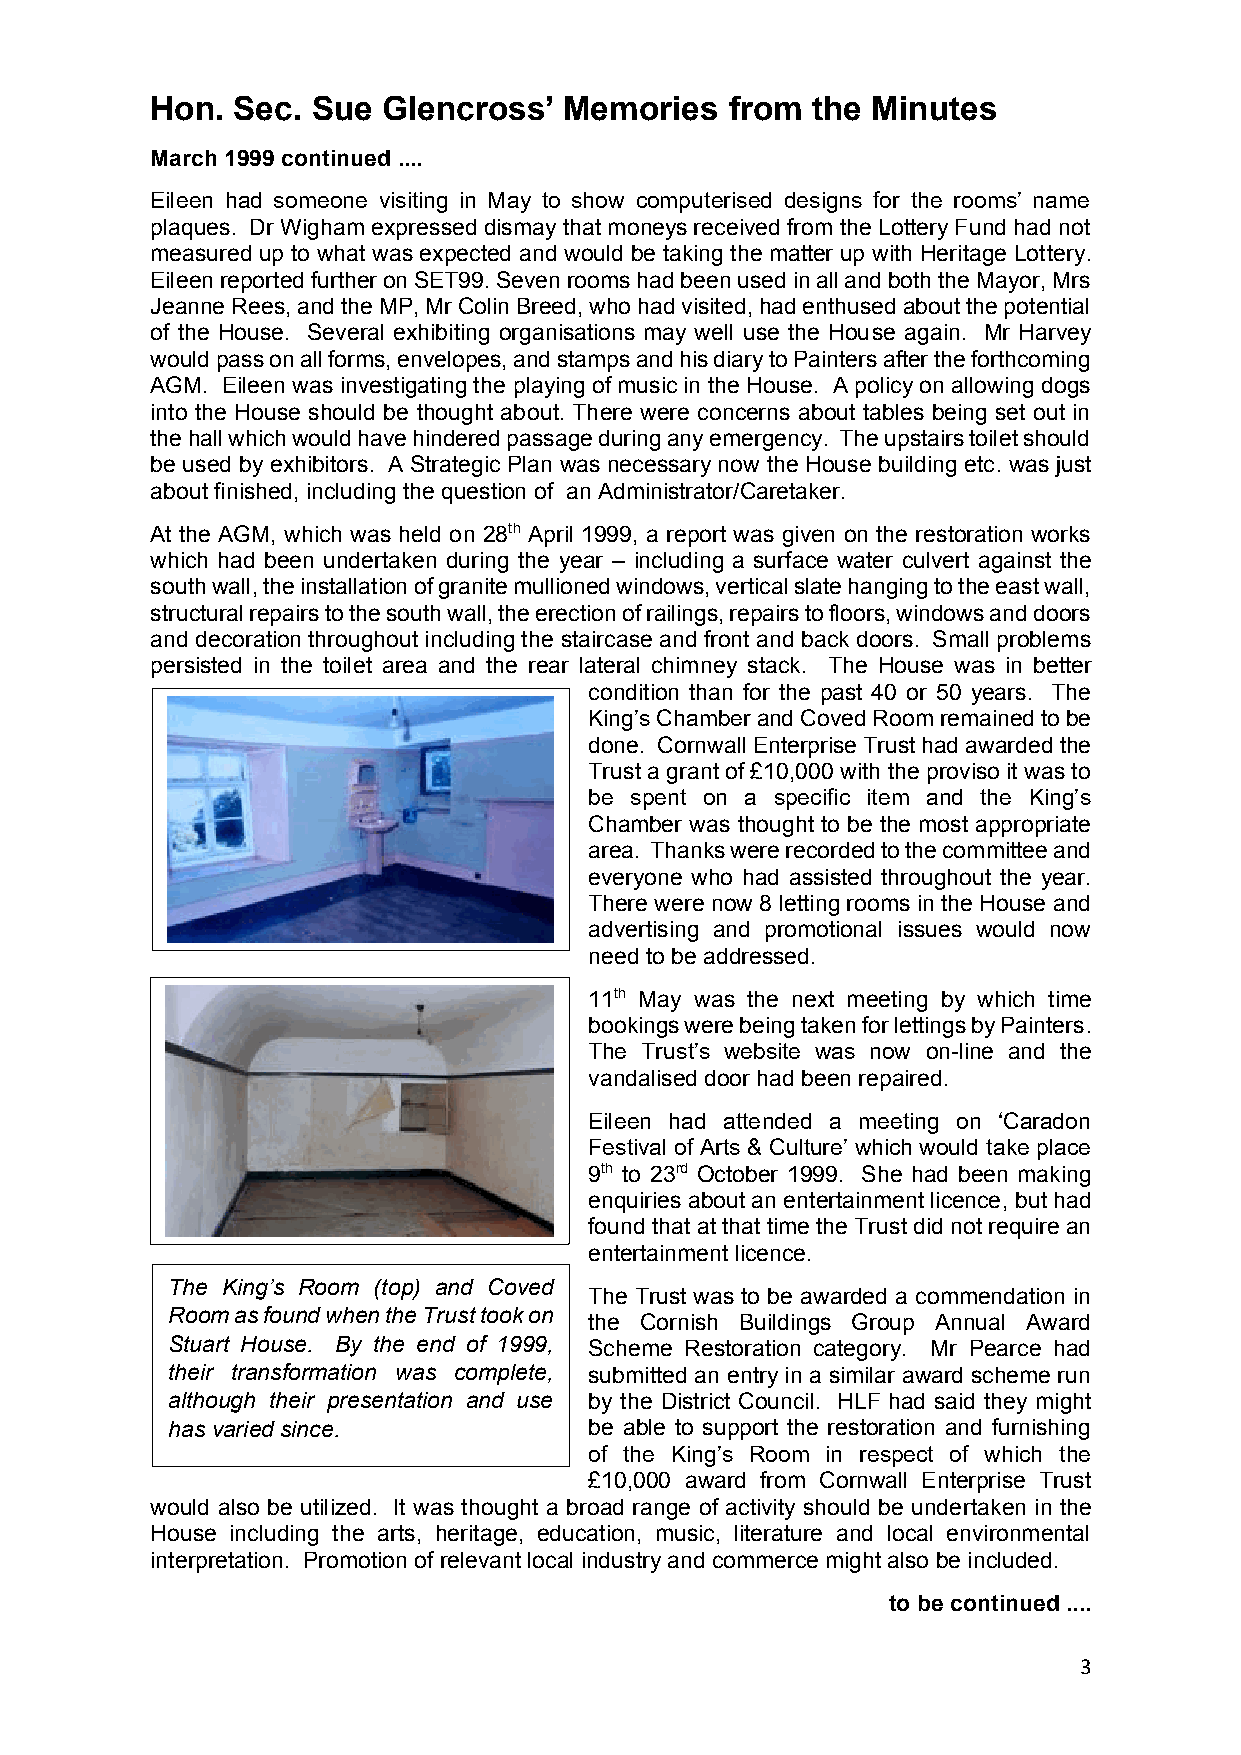
Hon. Sec.  Sue Glencross’  Memories   from  the Minutes
 March 1999 continued ....
 Eileen had someone visiting in May to show computerised designs for the rooms’ name
 plaques. Dr Wigham expressed dismay that moneys received from the Lottery Fund had not
 measured up to what was expected and would be taking the matter up with Heritage Lottery.
 Eileen reported further on SET99. Seven rooms had been used in all and both the Mayor, Mrs
 Jeanne Rees, and the MP, Mr Colin Breed, who had visited, had enthused about the potential
 of the House. Several exhibiting organisations may well use the House again. Mr Harvey
 would pass on all forms, envelopes, and stamps and his diary to Painters after the forthcoming
 AGM. Eileen was investigating the playing of music in the House. A policy on allowing dogs
 into the House should be thought about. There were concerns about tables being set out in
 the hall which would have hindered passage during any emergency. The upstairs toilet should
 be used by exhibitors. A Strategic Plan was necessary now the House building etc. was just
 about finished, including the question of an Administrator/Caretaker.
 At the AGM, which was held on 28th April 1999, a report was given on the restoration works
 which had been undertaken during the year – including a surface water culvert against the
 south wall, the installation of granite mullioned windows, vertical slate hanging to the east wall,
 structural repairs to the south wall, the erection of railings, repairs to floors, windows and doors
 and decoration throughout including the staircase and front and back doors. Small problems
 persisted in the toilet area and the rear lateral chimney stack. The House was in better
 condition than for the past 40 or 50 years. The
 King’s Chamber and Coved Room remained to be
 done. Cornwall Enterprise Trust had awarded the
 Trust a grant of £10,000 with the proviso it was to
 be spent on a specific item and the King’s
 Chamber was thought to be the most appropriate
 area. Thanks were recorded to the committee and
 everyone who had assisted throughout the year.
 There were now 8 letting rooms in the House and
 advertising and promotional issues would now
 need to be addressed.
 11th May was the next meeting by which time
 bookings were being taken for lettings by Painters.
 The Trust’s website was now on-line and the
 vandalised door had been repaired.
 Eileen had attended a meeting on ‘Caradon
 Festival of Arts & Culture’ which would take place
 9th to 23rd October 1999. She had been making
 enquiries about an entertainment licence, but had
 found that at that time the Trust did not require an
 entertainment licence.
 The King’s Room (top) and Coved
 The Trust was to be awarded a commendation in
 Room as found when the Trust took on
 the Cornish Buildings Group Annual Award
 Stuart House. By the end of 1999, Scheme Restoration category. Mr Pearce had
 their transformation was complete, submitted an entry in a similar award scheme run
 although their presentation and use by the District Council. HLF had said they might
 has varied since.           be able to support the restoration and furnishing
 of the King’s Room in respect of which the
 £10,000 award from Cornwall Enterprise Trust
 would also be utilized. It was thought a broad range of activity should be undertaken in the
 House including the arts, heritage, education, music, literature and local environmental
 interpretation. Promotion of relevant local industry and commerce might also be included.
 to be continued ....
 3